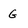
Character: G